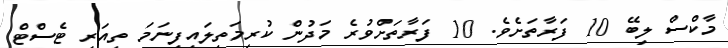
މާކްސް ލިބޭ 10 ފަރާތަށެވެ. 10 ފަރާތަށްވުރެ މަދުން ކުރިމަތިލައިފިނަމަ ތިއަރީ ޓެސްޓް